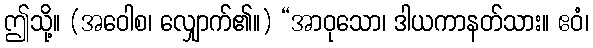
ဤသို့။ (အဝေါစ၊ လျှောက်၏။) “အာဝုသော၊ ဒါယကာနတ်သား။ ဧဝံ၊